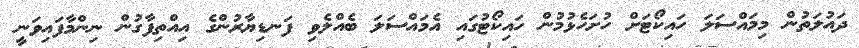
ދައުލަތުން މިމައްސަލަ ހައިކޯޓަށް ހުށަހެޅުމުން ހައިކޯޓުގައި އެމައްސަލަ ބެއްލެވި ފަނޑިޔާރުންގެ އިއްތިފާގުން ނިންމާފައިވަނީ